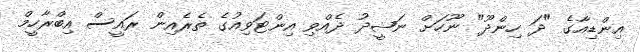
އިންޑިއާގެ "ދަ ހިންދޫ" ނޫހަށް ނަޝީދު ދެއްވި އިންޓަވިއުގެ ތެރެއިން ރައީސް އިބްރާހީމް